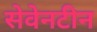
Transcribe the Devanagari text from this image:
सेवेनटीन